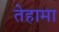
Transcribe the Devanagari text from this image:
तेहामा